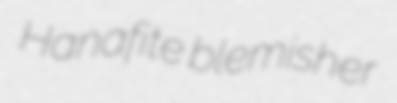
Hanafite blemisher